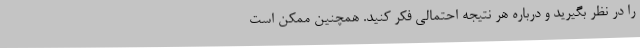
را در نظر بگیرید و درباره هر نتیجه احتمالی فکر کنید. همچنین ممکن است